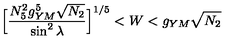
\Big [ \frac { N _ { 5 } ^ { 2 } g _ { Y M } ^ { 5 } \sqrt { N _ { 2 } } } { \sin ^ { 2 } \lambda } \Big ] ^ { 1 / 5 } < W < g _ { Y M } \sqrt { N _ { 2 } }